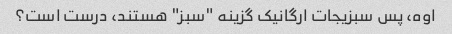
اوه، پس سبزیجات ارگانیک گزینه "سبز" هستند، درست است؟